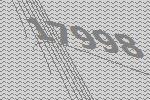
17998